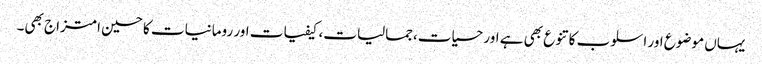
یہاں موضوع اور اسلوب کا تنوع بھی ہے اور حسیات،جمالیات، کیفیات اور رومانیات کا حسین امتزاج بھی۔